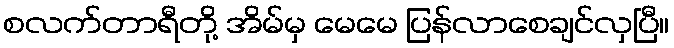
စလက်တာရီတို့ အိမ်မှ မေမေ ပြန်လာစေချင်လှပြီ။